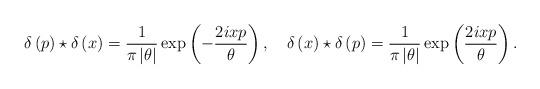
LaTeX: \begin{align*}\delta \left( p\right) \star \delta \left( x\right) =\frac{1}{\pi \left|\theta \right| }\exp \left( -\frac{2ixp}{\theta }\right) ,\quad \delta\left( x\right) \star \delta \left( p\right) =\frac{1}{\pi \left| \theta\right| }\exp \left( \frac{2ixp}{\theta }\right) .\end{align*}